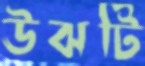
ঊঝটি